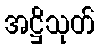
အဋ္ဌိသုတ်